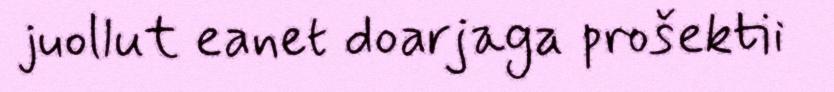
juollut eanet doarjaga prošektii